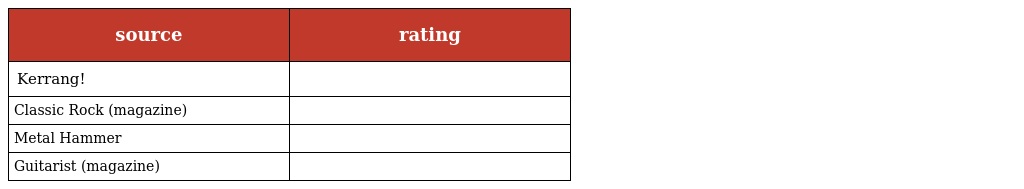
| source | rating |
 | --- | --- |
 | Kerrang! |  |
 | Classic Rock (magazine) |  |
 | Metal Hammer |  |
 | Guitarist (magazine) |  |